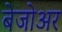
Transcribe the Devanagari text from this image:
बेजोअर